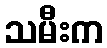
သမီးက